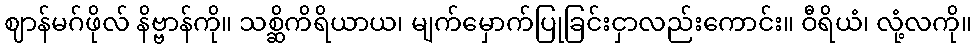
ဈာန်မဂ်ဖိုလ် နိဗ္ဗာန်ကို။ သစ္ဆိကိရိယာယ၊ မျက်မှောက်ပြုခြင်းငှာလည်းကောင်း။ ဝီရိယံ၊ လုံ့လကို။